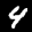
Label: 4